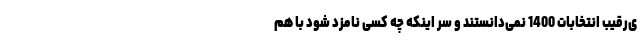
ی‌رقیب انتخابات 1400 نمی‌دانستند و سر اینکه چه کسی نامزد شود با هم